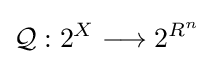
{\mathcal {Q}}:2^{X}\longrightarrow 2^{R^{n}}